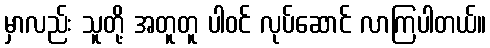
မှာလည်း သူတို့ အတူတူ ပါဝင် လုပ်ဆောင် လာကြပါတယ်။